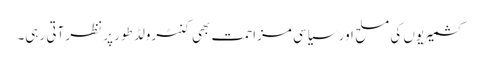
کشمیریوں کی مسلح اور سیاسی مزاحمت بھی کنٹرولڈ طور پر نظر آتی رہی۔